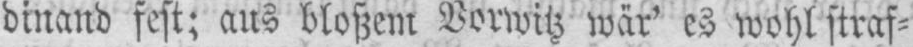
dinand fest; aus bloßem Vorwitz wär’ es wohl straf⸗